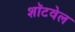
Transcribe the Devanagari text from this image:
शॉटवेल